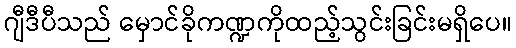
ဂျီဒီပီသည် မှောင်ခိုကဏ္ဍကိုထည့်သွင်းခြင်းမရှိပေ။